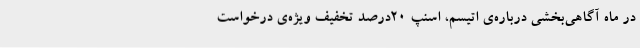
در ماه آگاهی‌بخشی درباره‌ی اتیسم، اسنپ ۲۰درصد تخفیف ویژه‌ی درخواست